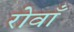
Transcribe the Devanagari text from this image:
रोवाँ